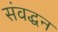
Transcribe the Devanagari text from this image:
संवद्धन